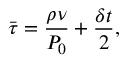
\bar { \tau } = \frac { \rho \nu } { P _ { 0 } } + \frac { \delta t } { 2 } ,